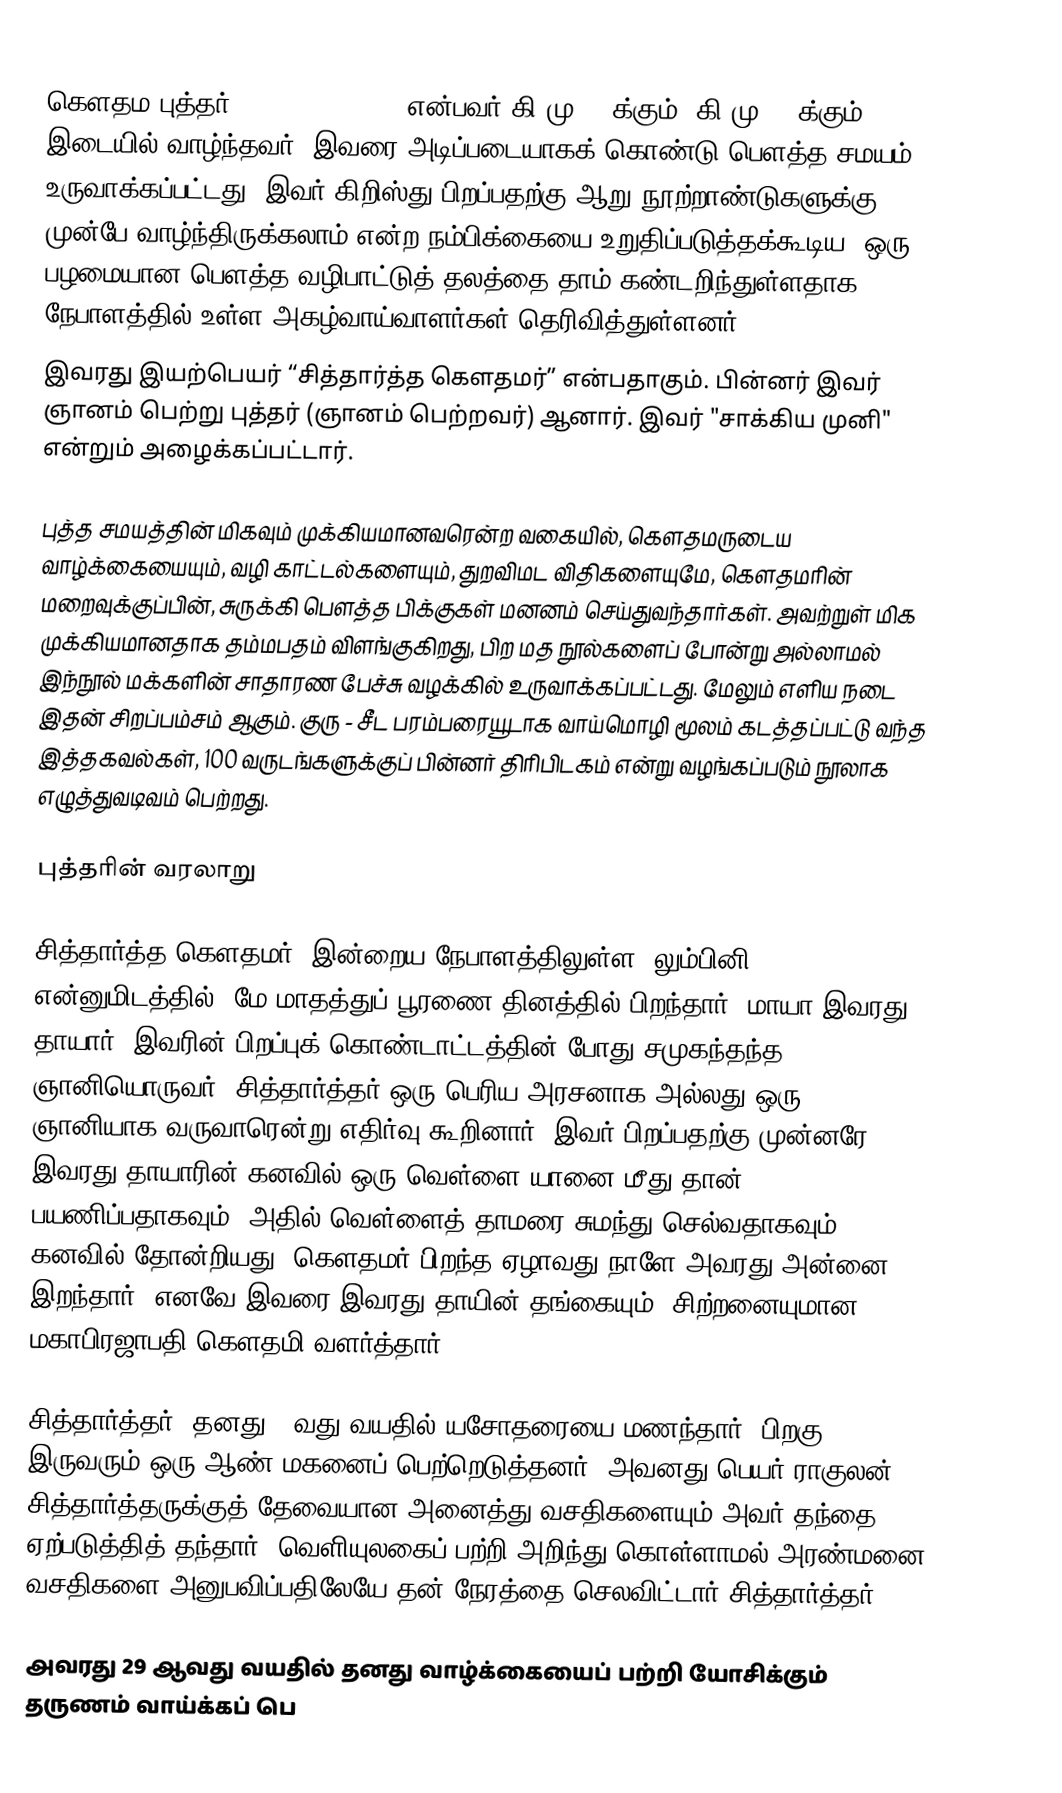
கௌதம புத்தர் (Gautama Buddha) என்பவர் கி.மு 563க்கும், கி.மு 483க்கும் இடையில் வாழ்ந்தவர். இவரை அடிப்படையாகக் கொண்டு பௌத்த சமயம் உருவாக்கப்பட்டது. இவர் கிறிஸ்து பிறப்பதற்கு ஆறு நூற்றாண்டுகளுக்கு முன்பே வாழ்ந்திருக்கலாம் என்ற நம்பிக்கையை உறுதிப்படுத்தக்கூடிய, ஒரு பழமையான பௌத்த வழிபாட்டுத் தலத்தை தாம் கண்டறிந்துள்ளதாக நேபாளத்தில் உள்ள அகழ்வாய்வாளர்கள் தெரிவித்துள்ளனர்.
இவரது இயற்பெயர் “சித்தார்த்த கௌதமர்” என்பதாகும். பின்னர் இவர் ஞானம் பெற்று புத்தர் (ஞானம் பெற்றவர்) ஆனார். இவர் "சாக்கிய முனி" என்றும் அழைக்கப்பட்டார்.

புத்த சமயத்தின் மிகவும் முக்கியமானவரென்ற வகையில், கௌதமருடைய வாழ்க்கையையும், வழி காட்டல்களையும், துறவிமட விதிகளையுமே, கௌதமரின் மறைவுக்குப்பின், சுருக்கி பௌத்த பிக்குகள் மனனம் செய்துவந்தார்கள். அவற்றுள் மிக முக்கியமானதாக தம்மபதம் விளங்குகிறது, பிற மத நூல்களைப் போன்று அல்லாமல் இந்நூல் மக்களின் சாதாரண பேச்சு வழக்கில் உருவாக்கப்பட்டது. மேலும் எளிய நடை இதன் சிறப்பம்சம் ஆகும். குரு - சீட பரம்பரையூடாக வாய்மொழி மூலம் கடத்தப்பட்டு வந்த இத்தகவல்கள், 100 வருடங்களுக்குப் பின்னர் திரிபிடகம் என்று வழங்கப்படும் நூலாக எழுத்துவடிவம் பெற்றது.

புத்தரின் வரலாறு

சித்தார்த்த கௌதமர், இன்றைய நேபாளத்திலுள்ள, லும்பினி என்னுமிடத்தில், மே மாதத்துப் பூரணை தினத்தில் பிறந்தார். மாயா இவரது தாயார். இவரின் பிறப்புக் கொண்டாட்டத்தின் போது சமுகந்தந்த ஞானியொருவர், சித்தார்த்தர் ஒரு பெரிய அரசனாக அல்லது ஒரு ஞானியாக வருவாரென்று எதிர்வு கூறினார். இவர் பிறப்பதற்கு முன்னரே இவரது தாயாரின் கனவில் ஒரு வெள்ளை யானை மீது தான் பயணிப்பதாகவும், அதில் வெள்ளைத் தாமரை சுமந்து செல்வதாகவும் கனவில் தோன்றியது. கௌதமர் பிறந்த ஏழாவது நாளே அவரது அன்னை இறந்தார். எனவே இவரை இவரது தாயின் தங்கையும், சிற்றனையுமான மகாபிரஜாபதி கௌதமி வளர்த்தார்.

சித்தார்த்தர், தனது 16வது வயதில் யசோதரையை மணந்தார். பிறகு இருவரும் ஒரு ஆண் மகனைப் பெற்றெடுத்தனர். அவனது பெயர் ராகுலன். சித்தார்த்தருக்குத் தேவையான அனைத்து வசதிகளையும் அவர் தந்தை ஏற்படுத்தித் தந்தார். வெளியுலகைப் பற்றி அறிந்து கொள்ளாமல் அரண்மனை வசதிகளை அனுபவிப்பதிலேயே தன் நேரத்தை செலவிட்டார் சித்தார்த்தர்.

அவரது 29 ஆவது வயதில் தனது வாழ்க்கையைப் பற்றி யோசிக்கும் தருணம் வாய்க்கப் பெ